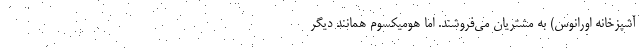
آشپزخانه اورانوس) به مشتریان می‌فروشند. اما هومیکسوم همانند دیگر